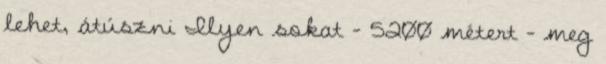
lehet, átúszni Ilyen sokat – 5200 métert – meg